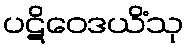
ပဋိဝေဒယိံသု